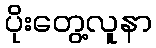
ပိုးတွေ့လူနာ